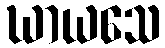
ဃာယသေ